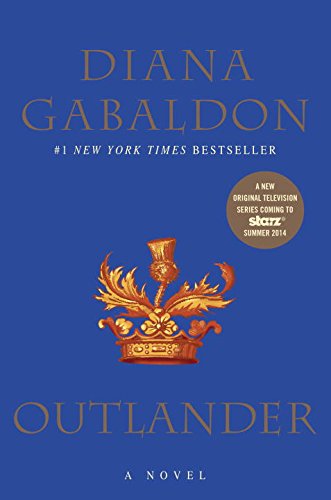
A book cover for Outlander: A Novel; Diana Gabaldon; Romance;